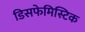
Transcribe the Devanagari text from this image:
डिसफेमिस्टिक